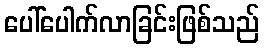
ပေါ်ပေါက်လာခြင်းဖြစ်သည်